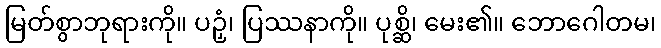
မြတ်စွာဘုရားကို။ ပဉှံ၊ ပြဿနာကို။ ပုစ္ဆိ၊ မေး၏။ ဘောဂေါတမ၊